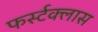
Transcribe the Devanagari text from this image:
फर्स्टक्लास